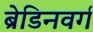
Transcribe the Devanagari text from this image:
ब्रेडिनवर्ग